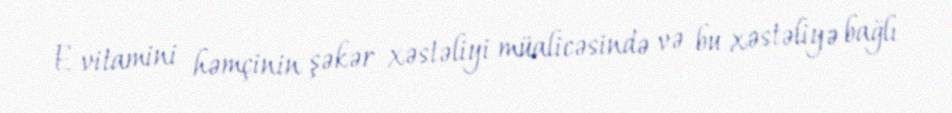
E vitamini həmçinin şəkər xəstəliyi müalicəsində və bu xəstəliyə bağlı